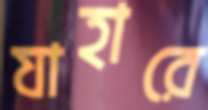
যাহারে